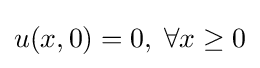
u(x,0)=0,\;\forall x\geq 0